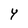
Character: Y